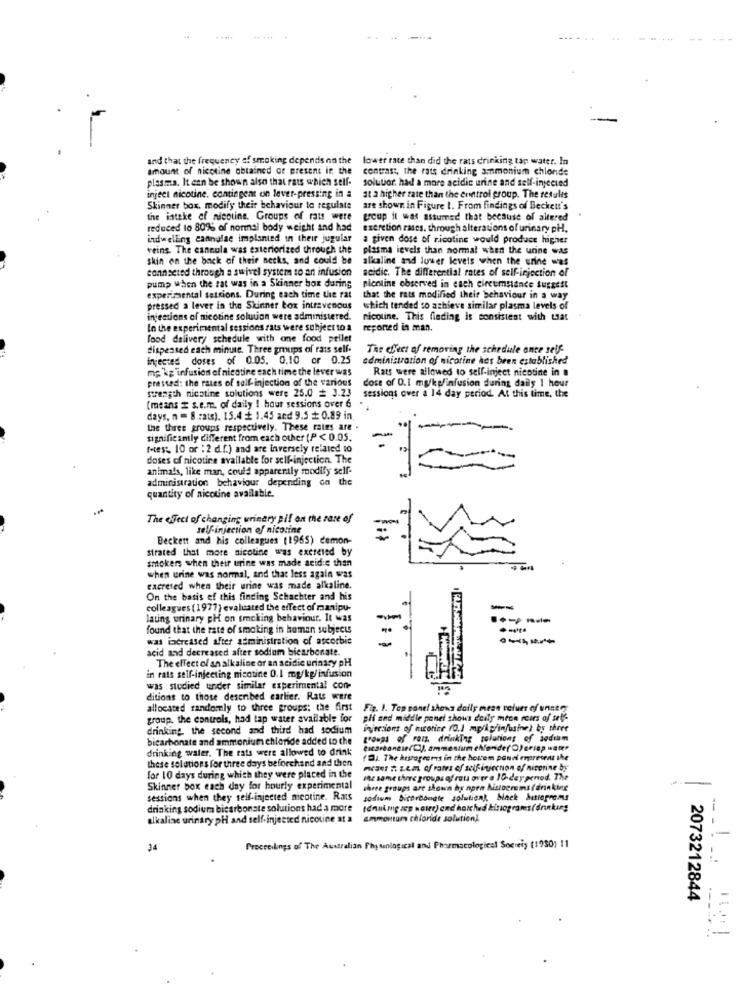
and that the frequency of smoking depends on the
lower rate than did the rats drinking tap water. In
amount of nicotine obtained or present in the
contrast, the rats drinking ammonium chlonde
plasma. It can be shown also that rats which self-
solutior. had a more acidic urine and self-injected
inject nicotine. contingent on lever-pressing in a
at a higher rate than the control group. The results
Skinner box, modify their behaviour to regulate
are shown in Figure 1. From findings of Beckett's
the isteke of nicotine. Groups of rats were
group it was assumed that because of altered
reduced to 809% of normal body weight and had
excretion rates. through alterations of urinary pH.
indwelling cannulae implanted in their jugular
a given dose of nicotine would produce higher
veins The cannula was exteriorized through the
plasma levels than normal when the urine was
skin on the back of their necks, and could be
alkaline and lower levels when the urine was
connseted through a swivel system to an infusion
seidic. The differential rates of self-injection of
pump when the rat was in a Skinner box daring
nicoline observed in each circumstance Suggest
experimental sessions. During each time the rat
that the rats modified their behaviour in a way
pressed a lever in the Skinner box intravenous
which tended to achieve similar plasma levels of
injections of nicotine solution were administered.
nicoline. This finding is consistent with Liat
In the experimental sessions fats were subject to a
reponed in man.
food delivery schedule with one food pellet
dispensed each minute. Three groups of rats self-
The effect of removing the schedule once self
injected doses of 0.05. 0.10 or 0.25
administration of nicotine has been established
mp kg infusion of nicotine each time the lever was
Rats were allowed to self-inject nicotine in a
pressed: the rates of self-injection of the various
strength nicotine solutions were 25.0 = 3.23
sessions over a 14 day period. At this time, the
dose of 0.1 mg/kg/infusion during daily 1 hour
(means = s.e.m. of daily ! hout sessions over 6
days, n = 8.rats). 15.4 + 1.45 and 9.5 + 0.89 in
the three groups respectively. These rates are .
significantly different from each other (P < 0.05.
f-test, 10 or : 2 d.f.) and are inversely related to
doses of nicotine available for self-injection. The
animals, like man, could apparently modify scif-
administration behaviour depending on the
quantity of nicotine available.
The oJect of changing urinary pif on the rate of
self-injection of nicotine
Beckett and his colleagues (1965) demon-
strated that more nicotine was excreted by
smokers when their urine was made seid:e than
when urine was normal, and that less again was
cacreted when their urine was made alkaline.
On the basis of this finding Schachter and his
colleagues (1977) evaluated the effect of manipu-
lating urinary pH on smoking behaviour. It was
found that the rate of smoking in human subjects
was increased after administration of ascorbic
acid and decreased after sodium bicarbonate.
The effect of an alkaline or an acidic urinary pH
in rats self-injecting nicotine 0.1 mg/kg/infusion
was studied under similar experimental con-
ditions to those described earlier. Rats were
allocated randomly to three groups: the first
Fig. 1. Top panel shows daily mean values of unser
group. the controls, had tap water available for
pli and middle panel shows daily meon roirs of sale
drinking the second and third had sodium
injections of mcorine (0.1 mp/kg/in/usine) by three
bicarbonate and ammonium chloride added to the
groups of ran, drinking solutions of sodium
drinking water. The rats were allowed to drink
eicarbondie(C), ammoniumchonderO)crisp water
these solutions for three days beforehand and then
(D). The hustopeeris in the hourem pandi represent the
Pan # 2em af rates of self-injection of nicotine by
for 10 days during which they were placed in the
she same there groups of rats over e 10-deypenod. The
Skinner box each day for hourly experimental
three groups are shown hy noen Nistocrema (drinking
sessions when they self-injected nicotine. Rats
sodium bicarbonate solution), black Mitrogroms
drinking sodium bicarbonate solutions had a more
tanakmg zp water) ond holched kinograms(drinking
alkaliac urinary pH and self-injected nicotine at a ammonium chloride solution).
-
- -
34
Procceilings of The Australian Phytenlogical and Pharmacological Society (1950) 11
2073212844